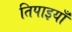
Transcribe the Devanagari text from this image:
तिपाइयाँ